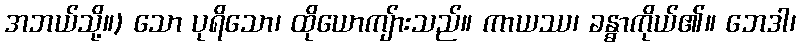
အဘယ်သို့။) သော ပုရိသော၊ ထိုယောကျ်ားသည်။ ကာယဿ၊ ခန္ဓာကိုယ်၏။ ဘေဒါ၊